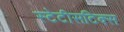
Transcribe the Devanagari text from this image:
स्टेटीसटिक्स